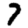
Digit: 7